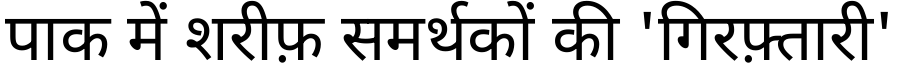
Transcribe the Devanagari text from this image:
पाक में शरीफ़ समर्थकों की 'गिरफ़्तारी'